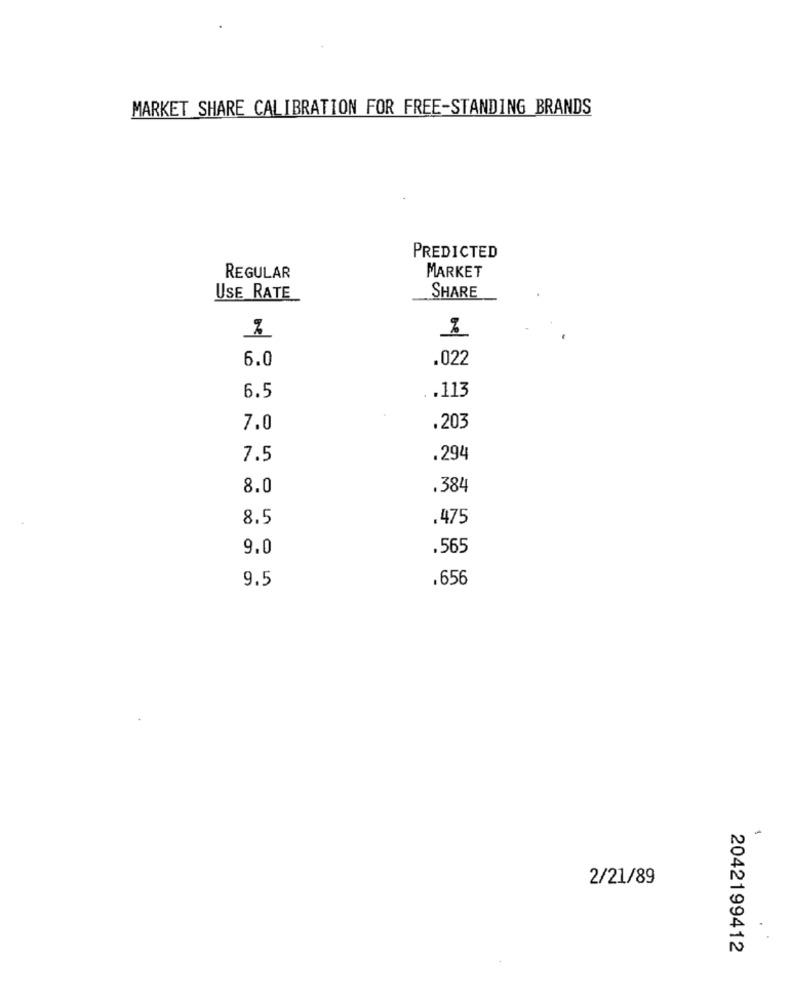
MARKET SHARE CALIBRATION FOR FREE-STANDING BRANDS
PREDICTED
MARKET
REGULAR
SHARE
USE RATE
6.0
.022
6.5
.113
7.0
.203
7.5
.294
8.0
.384
8.5
.475
9.0
.565
9.5
.656
2/21/89
2042199412